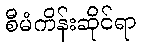
စီမံကိန်းဆိုင်ရာ